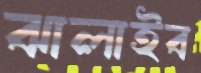
ঝালাইব